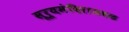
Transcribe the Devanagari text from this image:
सूर्यमंदिराजवळ